Leaving Certificate, 1896
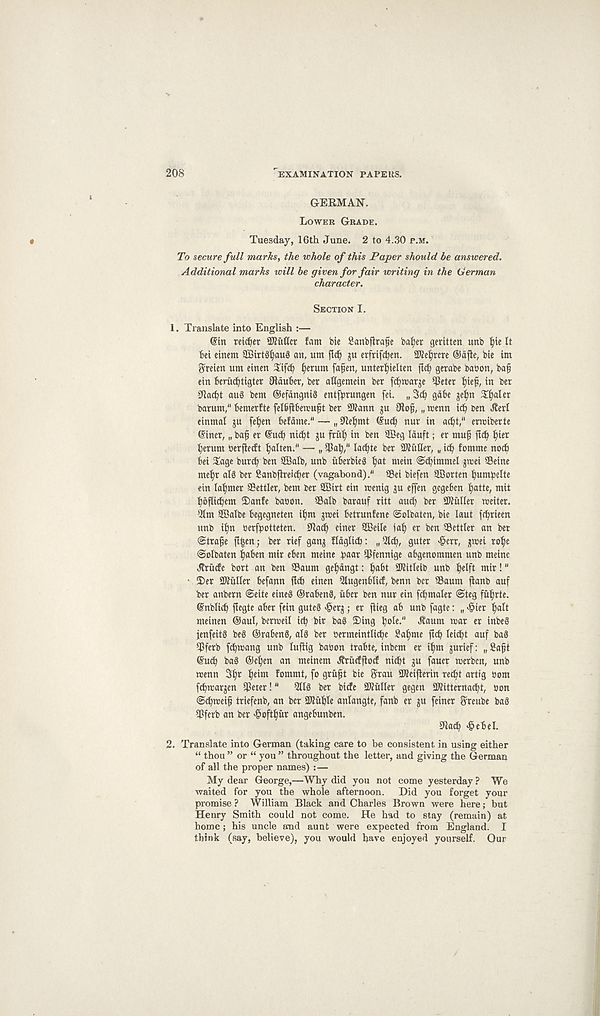
208
EXAMINATION PAPERS.
GERMAN.
LOWER GRADE.
Tuesday, 16th June. 2 to 4.30 P.M.
To secure full marks, the whole of this Paper should be answered.
Additional marks will be given for fair writing in the German
character.
SECTION I.
1. Translate into English :—
©in reiser SKuttct fam bie Scmbflrafje ba§er geritten unb f)ie It
bci einem SBirt^auS an, um flcfy ju crfrtfc^en. Wkfyvcn ©dfle, bie im
^reien um einen Safety tyerum fatyen, untertyielten ficty getabe bacon, baf
etn Bcrudtytigter SRduBer, ber aUgemein ber fetymarje $eter tyief, in bet
SRactyt auS bem ©efdngnig entftyrungen fei. „ 3cty gdtyc jetyn Styaler
barum," Bemerfte felBjlbercutyt bet 2Kann ju Oioty, „ reenn icty oen ^erl
einmal ju fetyen tefdine." — „ 0letymt ©ucty nut in actyt," ermiberte
@iner, „ baf et ©mty nictyt gu fruty in ben SEeg Iduft; er muty fldty tyter
tyerum berflecft tyalten." — „ $aty,'' lactyte ber SKiiher, „ icty fomme nocty
Bet Sage burcty ben SBalb, unb itBerbieg tyat mein ©ctyimmel jreet Seine
metyt all ber Sanbjlreittyer (vagabond)." Sei biefen SBorten tyumtyelte
ein latymer Settler, bem ber ffiirt ein rrenig ju effen gcgeBen tyatte, mit
tyofiictycm Sanfe bacon. Salb barauf ritt and; ber SKuIIer reciter.
Qtm SBatbe Begegneten itym jreei Betrunfene ©olbatcn, bie laut fetyrieen
unb ityn cerftyotteten. 0lacty einer SBeile iaty er ben Settler an bet
Strafe ft^cn; ber rief gang lldglicty: „ -llcty, guter ^err, greei rotye
Solbaten tyaBen mir eBen meine tyaar Sfennige abgenommen unb meinc
Jtrucfe bort an ben Saum getydngt: tyaBt Slitleib unb tyelft mir!"
2)er duller Befann jlcB einen QIugenBIicf, benn ber Saum flanb auf
ber anbern Seite eineS OraBenS, itBcr ben nur ein fctymaler Steg fittyrte.
©nbliety fiegte aBer fein guteS >§erg; er jtieg aB unb fagte: „ >§ier tyalt
meinen ©auf, berreeil icty bit baS Sing tyole." ^aum rear er inbeS
jenfeitg beg ©raBeng, alg ber cermeintfictyc £atyme ftety leictyt auf bag
Sfetb fetyreang unb luftig bacon traBte, inbem er itym gurief: „ Saft
©ucty bag ©ctyen an meinem Jftitcffiocf nictyt gu faucr reerben, unb
reenn 3tyr tyeim fommt, fo gruf t bie t^rau Sleiflerin rectyt artig com
fdtyreargen Seter!" Qllg ber biefe STOuIler gegen STOitternactyt, con
Sctyreeif? triefenb, an ber Slittyle anlangte, fanb er gu feincr Sreube bag
Sfcrb an ber ^ofttyiir angeBunben.
Ulacty ^cBel.
2. Translate into German (taking care to be consistent in using either
“ thou ” or “ you ” throughout the letter, and giving the German
of all the proper names) :—
My dear George,—Why did you not come yesterday ? We
waited for you the whole afternoon. Did you forget your
promise ? William Black and Charles Brown were here; but
Henry Smith could not come. He had to stay (remain) at
home; his uncle and aunt were expected from England. I
think (say, believe), you would have enjoyed yourself. Qur